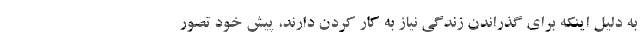
به دلیل اینکه برای گذراندن زندگی نیاز به کار کردن دارند، پیش خود تصور